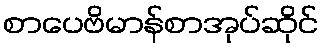
စာပေဗိမာန်စာအုပ်ဆိုင်